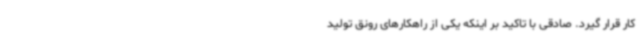
کار قرار گیرد. صادقی با تاکید بر اینکه یکی از راهکارهای رونق تولید